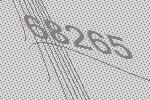
68265